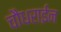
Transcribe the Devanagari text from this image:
चौधराईन